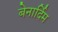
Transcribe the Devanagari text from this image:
बेनार्दिम